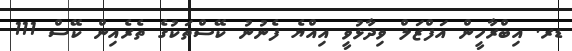
ޑރ. އިބްރާހީން އަފްޒަލް ވިދާޅުވީ އިއްޔެ ފެނުނު ކޭސްތަކުގެ ތެރެއިން ކޭސް 111